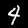
Digit: 4